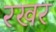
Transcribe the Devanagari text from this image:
रखर